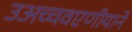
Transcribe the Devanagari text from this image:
उअच्चवएणीयाने